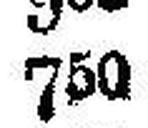
750